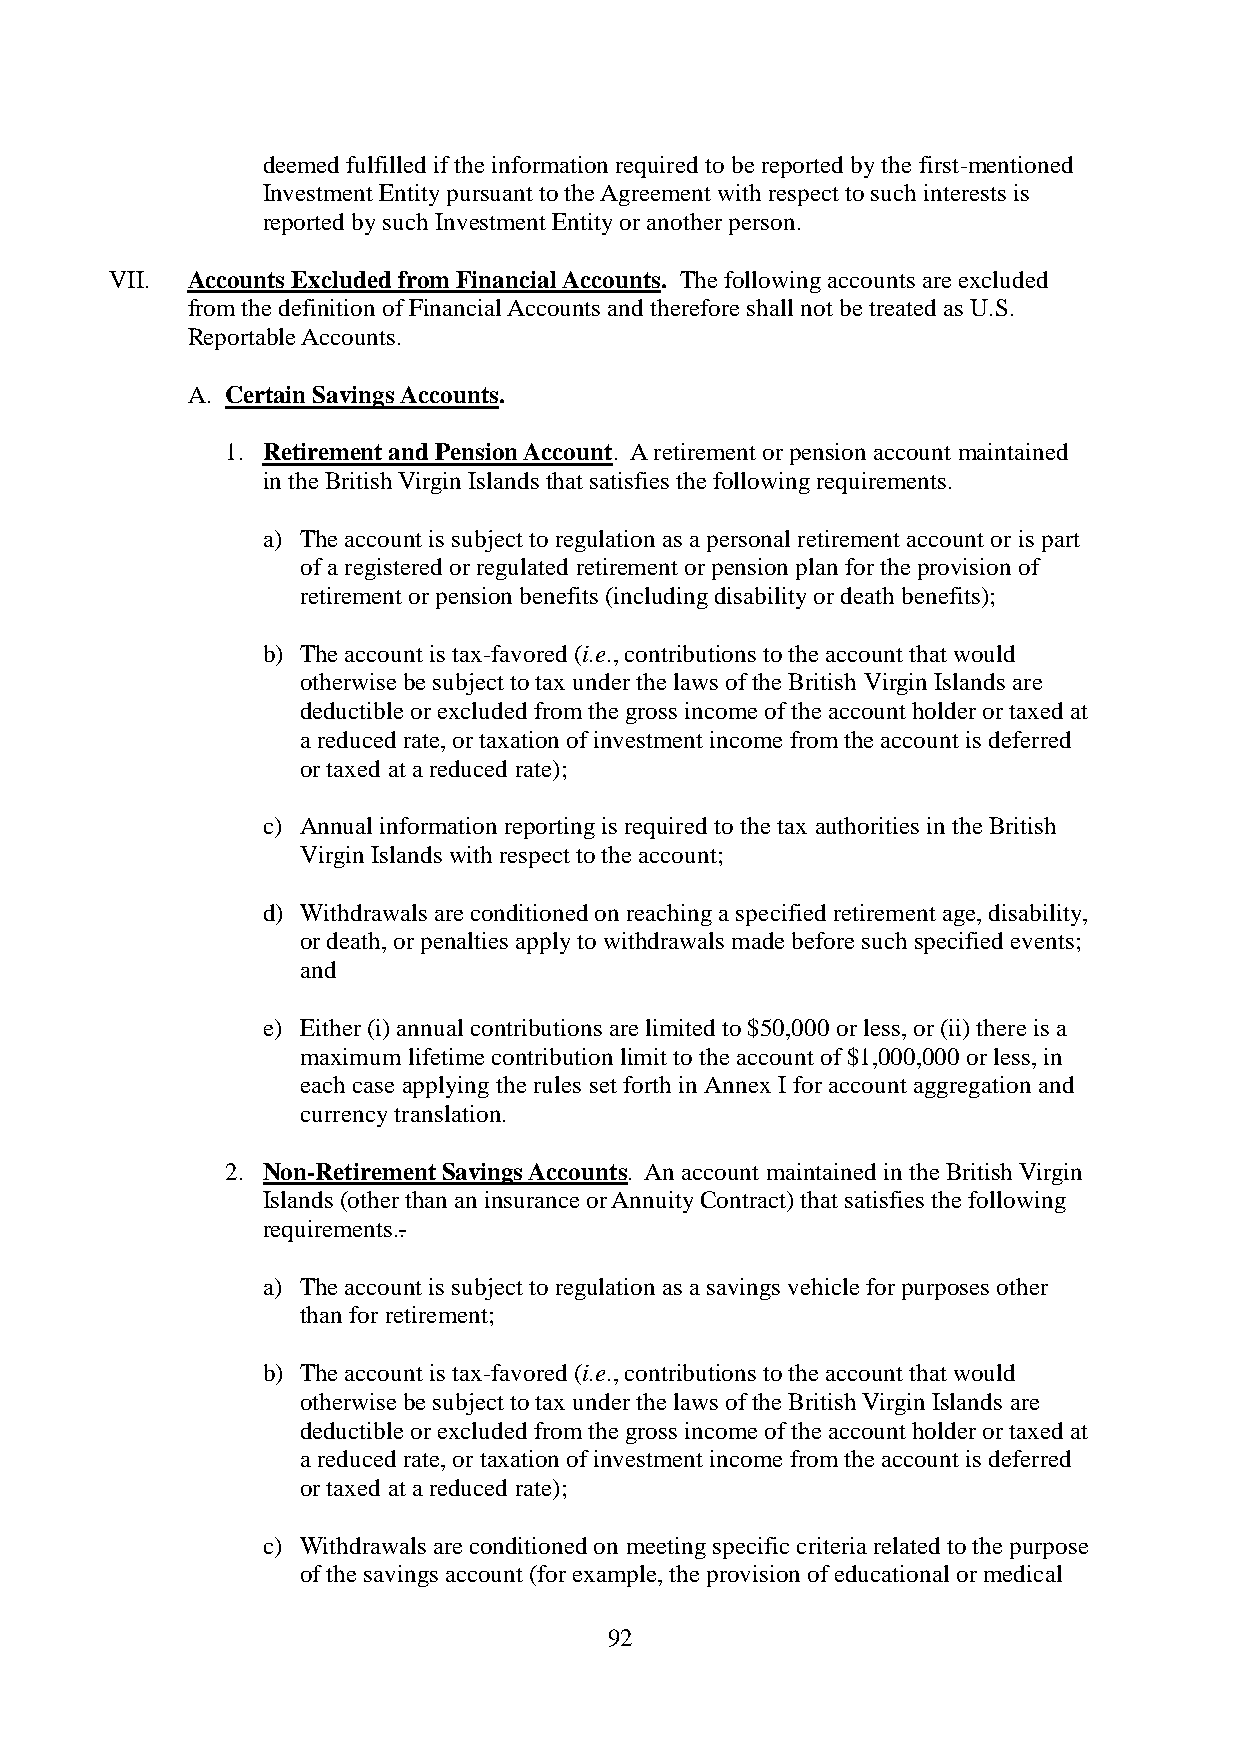
deemed fulfilled if the information required to be reported by the first-mentioned
 Investment Entity pursuant to the Agreement with respect to such interests is
 reported by such Investment Entity or another person.
 VII. Accounts Excluded from Financial Accounts. The following accounts are excluded
 from the definition of Financial Accounts and therefore shall not be treated as U.S.
 Reportable Accounts.
 A. Certain Savings Accounts.
 1. Retirement and Pension Account. A retirement or pension account maintained
 in the British Virgin Islands that satisfies the following requirements.
 a) The account is subject to regulation as a personal retirement account or is part
 of a registered or regulated retirement or pension plan for the provision of
 retirement or pension benefits (including disability or death benefits);
 b) The account is tax-favored (i.e., contributions to the account that would
 otherwise be subject to tax under the laws of the British Virgin Islands are
 deductible or excluded from the gross income of the account holder or taxed at
 a reduced rate, or taxation of investment income from the account is deferred
 or taxed at a reduced rate);
 c) Annual information reporting is required to the tax authorities in the British
 Virgin Islands with respect to the account;
 d) Withdrawals are conditioned on reaching a specified retirement age, disability,
 or death, or penalties apply to withdrawals made before such specified events;
 and
 e) Either (i) annual contributions are limited to $50,000 or less, or (ii) there is a
 maximum lifetime contribution limit to the account of $1,000,000 or less, in
 each case applying the rules set forth in Annex I for account aggregation and
 currency translation.
 2. Non-Retirement Savings Accounts. An account maintained in the British Virgin
 Islands (other than an insurance or Annuity Contract) that satisfies the following
 requirements..
 a) The account is subject to regulation as a savings vehicle for purposes other
 than for retirement;
 b) The account is tax-favored (i.e., contributions to the account that would
 otherwise be subject to tax under the laws of the British Virgin Islands are
 deductible or excluded from the gross income of the account holder or taxed at
 a reduced rate, or taxation of investment income from the account is deferred
 or taxed at a reduced rate);
 c) Withdrawals are conditioned on meeting specific criteria related to the purpose
 of the savings account (for example, the provision of educational or medical
 92